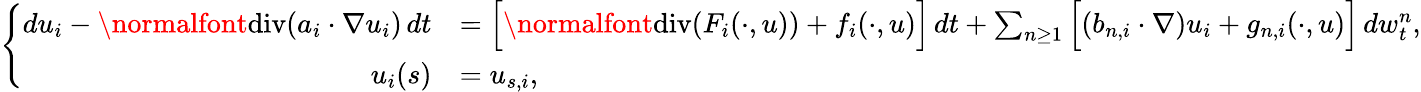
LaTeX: \left\{ \begin{array}{rl}{du_{i}-\normalfont{\mathrm{div}}(a_{i}\cdot\nabla u_{i})\, dt}&{=\Big[\normalfont{\mathrm{div}}(F_{i}(\cdot,u))+f_{i}(\cdot,u)\Big]\, dt+\sum_{n\geq 1}\Big[(b_{n,i}\cdot\nabla)u_{i}+g_{n,i}(\cdot,u)\Big]\, dw_{t}^{n},}\\ {u_{i}(s)}&{=u_{s,i},}\end{array}\right.